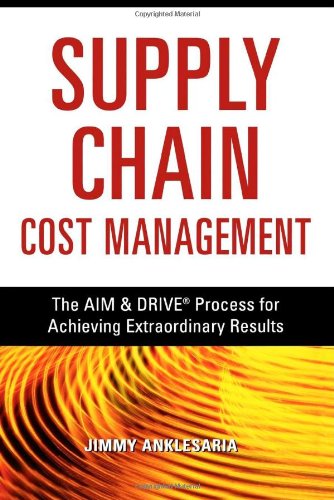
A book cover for Supply Chain Cost Management: The AIM & DRIVE Process for Achieving Extraordinary Results; Jimmy Anklesaria; Business & Money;